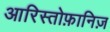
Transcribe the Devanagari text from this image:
आरिस्तोफ़ानिज़